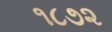
૧૮૭૨